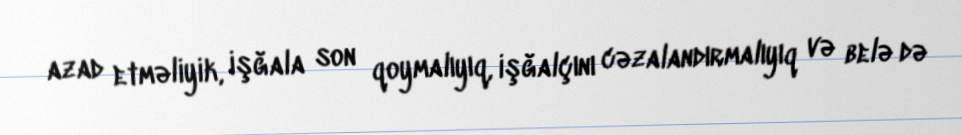
azad etməliyik, işğala son qoymalıyıq, işğalçını cəzalandırmalıyıq və belə də